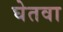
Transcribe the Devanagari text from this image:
घेतवा